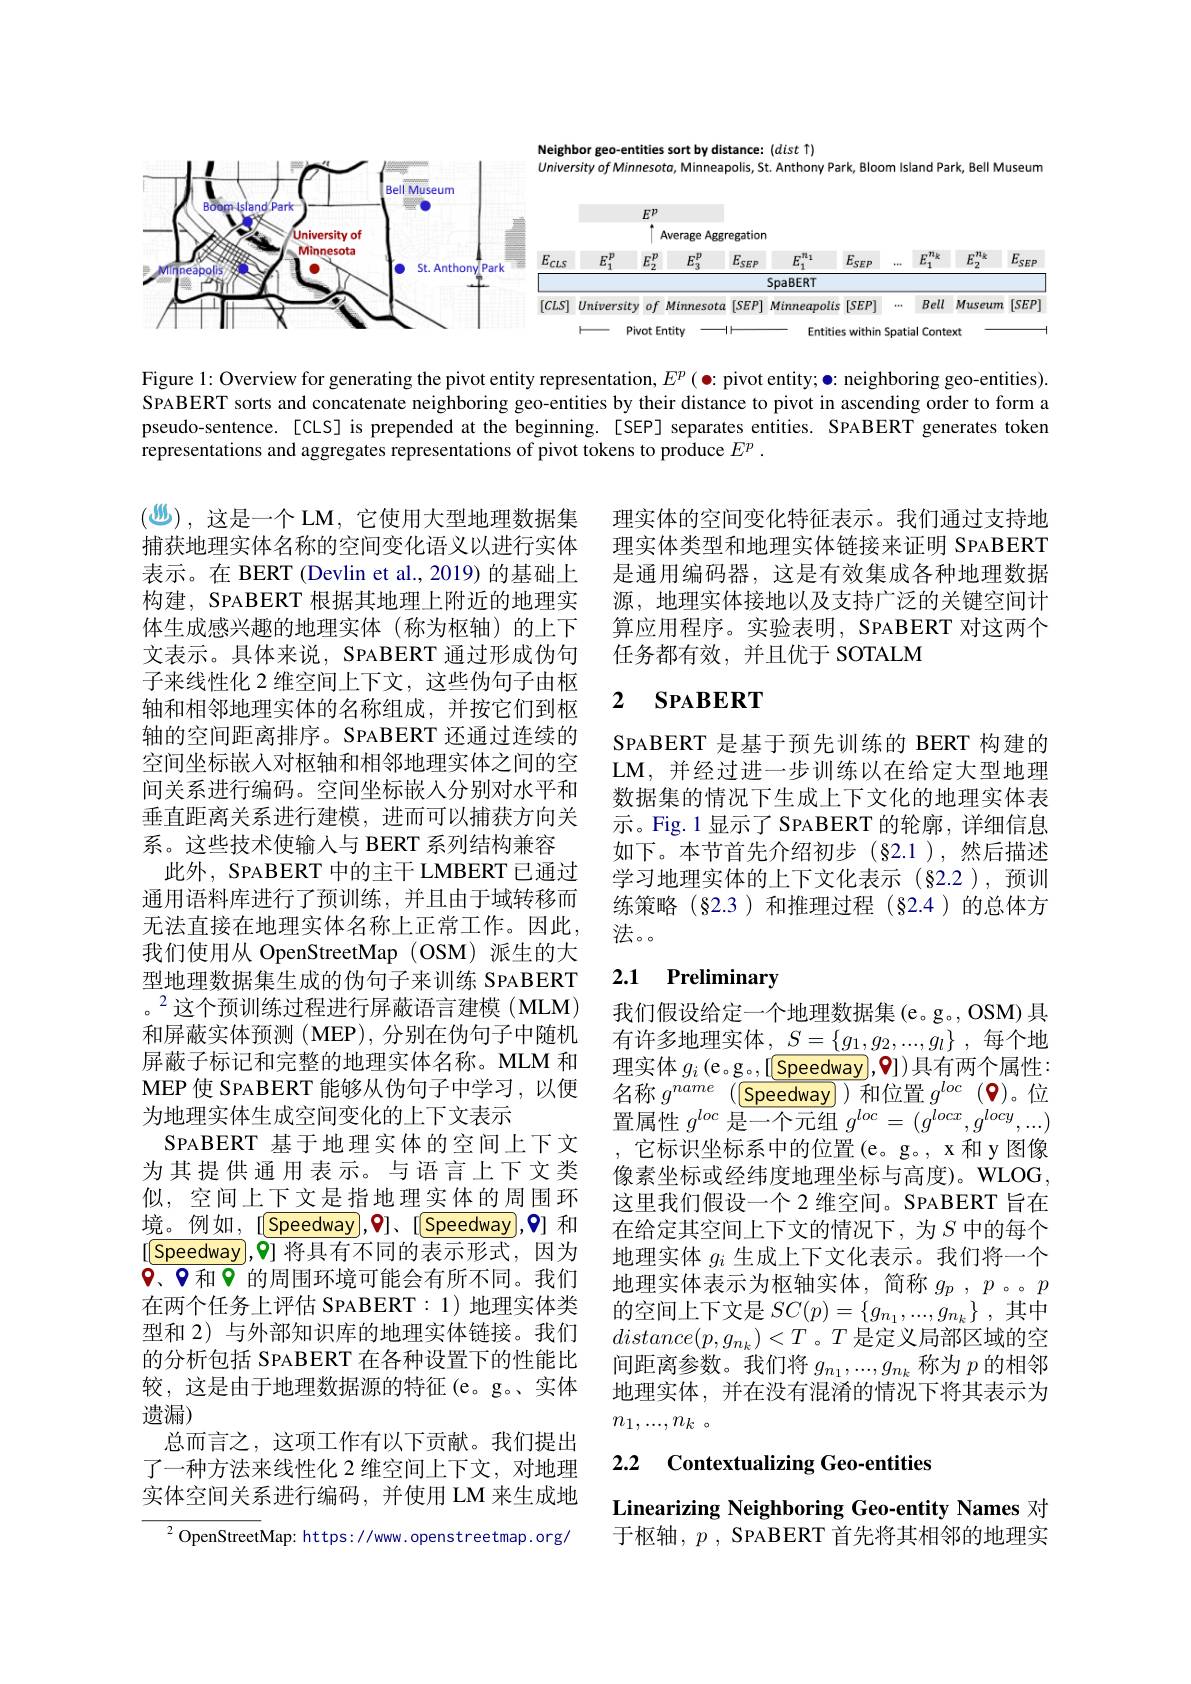
<FigureHere>

Figure 1: Overview for generating the pivot entity representation, $E^p\left(\bullet:\text{pivot entity; }\bullet:\text{neighboring geo-entities}\right).$ SPABERT sorts and concatenate neighboring geo-entities by their distance to pivot in ascending order to form a pseudo-sentence.[CLS] is prepended at the beginning.[SEP] separates entities. SPABERT generates token representations and aggregates representations of pivot tokens to produce $E^p.$

理实体的空间变化特征表示。我们通过支持地理实体类型和地理实体链接来证明 SPABERT 是通用编码器，这是有效集成各种地理数据源，地理实体接地以及支持广泛的关键空间计算应用程序。实验表明，SPABERT 对这两个任务都有效，并且优于 SOTALM

## 2 $\mathbf{SPABERT}$

SPABERT 是基于预先训练的 BERT 构建的LM, 并经过进一步训练以在给定大型地理数据集的情况下生成上下文化的地理实体表示。Fig.1 显示了 SPABERT 的轮廓，详细信息如下。本节首先介绍初步(§2.1),然后描述学习地理实体的上下文化表示(§2.2),预训练策略(§2.3)和推理过程(§2.4)的总体方法。。

# 2.1 Preliminary

(巡),这是一个 LM, 它使用大型地理数据集捕获地理实体名称的空间变化语义以进行实体表示。在 BERT (Devlin et al., 2019) 的基础上构建，SPABERT 根据其地理上附近的地理实体生成感兴趣的地理实体(称为枢轴)的上下文表示。具体来说，SPABERT 通过形成伪句子来线性化 2 维空间上下文，这些伪句子由枢轴和相邻地理实体的名称组成，并按它们到枢轴的空间距离排序。SPABERT 还通过连续的空间坐标嵌人对枢轴和相邻地理实体之间的空间关系进行编码。空间坐标嵌入分别对水平和垂直距离关系进行建模，进而可以捕获方向关系。这些技术使输入与 BERT 系列结构兼容
此外，SPABERT 中的主干 LMBERT 已通过通用语料库进行了预训练，并且由于域转移而无法直接在地理实体名称上正常工作。因此， 我们使用从 OpenStreetMap (OSM)派生的大型地理数据集生成的伪句子来训练 SPABERT 。$^{2}$这个预训练过程进行屏蔽语言建模(MLM) 和屏蔽实体预测(MEP),分别在伪句子中随机屏蔽子标记和完整的地理实体名称。MLM 和MEP 使 SPABERT 能够从伪句子中学习，以便为地理实体生成空间变化的上下文表示
SPABERT 基于地理实体的空间上下文为其提供通用表示。与语言上下文类似，空间上下文是指地理实体的周围环境。例如，[[$\underline {\mathrm{Speedway}}] , \mathbf{0} ] , [ \underline {\mathrm{Speedway}}] , \mathbf{0} ]$ 和 $[\textcircled{\text{Speedway}},0]$将具有不同的表示形式，因为$0、9$和0 的周围环境可能会有所不同。我们在两个任务上评估 SPABERT:1)地理实体类型和 2) 与外部知识库的地理实体链接。我们的分析包括 SPABERT 在各种设置下的性能比较，这是由于地理数据源的特征(e。g。实体遗漏)
总而言之，这项工作有以下贡献。我们提出了一种方法来线性化 2 维空间上下文，对地理实体空间关系进行编码，并使用 LM 来生成地
$^{2}$OpenStreetMap: https://www. openstreetmap. org/

我们假设给定一个地理数据集 (e。g。, OSM) 具有许多地理实体，$\underline S=\{g_1,g_2,...,g_l\}$,每个地理实体$g_i\left(\mathrm{e},\mathrm{g}_{\circ},[[\underline{\mathrm{Speedway}},0])\text{具有两个属性}:\right]$ 名称$g^{name}$ $( \textcircled {\text{Speedway) ) 和 位 置 }g}^{loc}$ $( \spadesuit )$。位置属性$g^loc$是一个元组$g^loc=(g^{locx},g^{locy},...)$ 它标识坐标系中的位置(e。g。, x 和 y 图像像素坐标或经纬度地理坐标与高度)。WLOG, 这里我们假设一个 2 维空间。SPABERT 旨在在给定其空间上下文的情况下，为$S$ 中的每个地理实体$g_i$生成上下文化表示。我们将一个地理实体表示为枢轴实体，简称$g_p$ , $p$ 。$p$ 的空间上下文是$SC(p)=\left\{g_{n_1},...,g_{n_k}\right\}$,其中$distance(p,g_{n_k})<T$ 。$T$是定义局部区域的空间距离参数。我们将$g_n_1,...,g_{n_k}$称为$p$的相邻地理实体，并在没有混淆的情况下将其表示为$n_1, . . . , n_k$ 。

## 2.2 Contextualizing Geo-entities

Linearizing Neighboring Geo-entity Names 对于枢轴，$p$ , SPABERT首先将其相邻的地理实